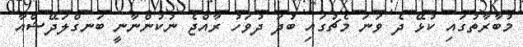
މުބާރާތުގައި ކުޅޭ ދެ ވަނަ މެޗުގައި ބުދަ ދުވަހު ރާއްޖެ ނުކުންނާނީ ބަނގްލަދޭޝްއާ